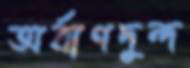
অর্বাণদুন্দ